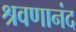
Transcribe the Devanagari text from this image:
श्रवणानंद